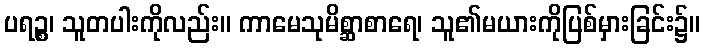
ပရဉ္စ၊ သူတပါးကိုလည်း။ ကာမေသုမိစ္ဆာစာရေ၊ သူ၏မယားကိုပြစ်မှားခြင်း၌။